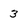
Character: 3